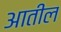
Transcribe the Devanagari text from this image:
अातील